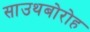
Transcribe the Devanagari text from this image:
साउथबोरोह